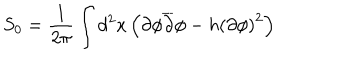
S _ { 0 } = \frac { 1 } { 2 \pi } \int d ^ { 2 } x \left( \partial \phi \overline { { { \partial } } } \phi - h \left( \partial \phi \right) ^ { 2 } \right)